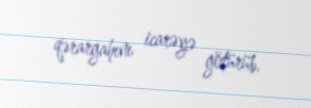
qərargahını icarəyə götürüb.